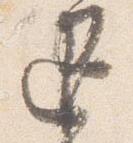
退